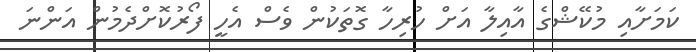
ކަމަށާއި މުކޭޝްގެ އާއިލާ އަށް ހުރިހާ ގޮތަކުން ވެސް އެހީ ފޯރުކޮށްދެމުން އަންނަ